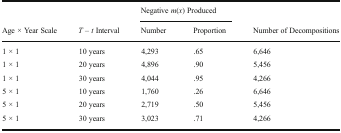
<table><thead><tr><td></td><td></td><td colspan="2"><b>Negative <i>m</i>(<i>x</i>) Produced</b></td><td></td></tr><tr><td><b>Age × Year Scale</b></td><td><b><i>T</i> – <i>t</i> Interval</b></td><td><b>Number</b></td><td><b>Proportion</b></td><td><b>Number of Decompositions</b></td></tr></thead><tbody><tr><td>1 × 1</td><td>10 years</td><td>4,293</td><td>.65</td><td>6,646</td></tr><tr><td>1 × 1</td><td>20 years</td><td>4,896</td><td>.90</td><td>5,456</td></tr><tr><td>1 × 1</td><td>30 years</td><td>4,044</td><td>.95</td><td>4,266</td></tr><tr><td>5 × 1</td><td>10 years</td><td>1,760</td><td>.26</td><td>6,646</td></tr><tr><td>5 × 1</td><td>20 years</td><td>2,719</td><td>.50</td><td>5,456</td></tr><tr><td>5 × 1</td><td>30 years</td><td>3,023</td><td>.71</td><td>4,266</td></tr></tbody></table>